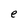
Character: e